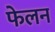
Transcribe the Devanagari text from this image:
फेलन